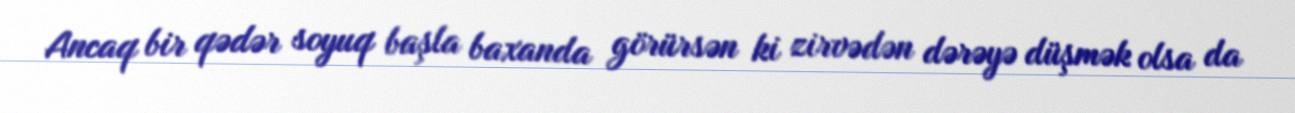
Ancaq bir qədər soyuq başla baxanda görürsən ki zirvədən dərəyə düşmək olsa da